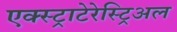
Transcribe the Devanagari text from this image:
एक्स्ट्राटेरेस्ट्रिअल